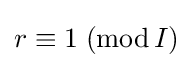
r\equiv 1\;(\operatorname {mod} I)